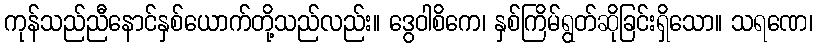
ကုန်သည်ညီနောင်နှစ်ယောက်တို့သည်လည်း။ ဒွေဝါစိကေ၊ နှစ်ကြိမ်ရွတ်ဆိုခြင်းရှိသော။ သရဏေ၊